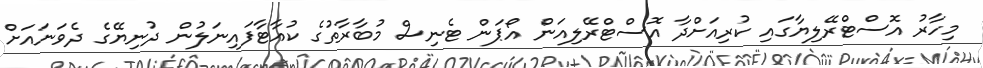
މިހާރު އޮސްޓްރޭލިޔާގައި ކުރިއަށްދާ އޮސްޓްރޭލިއަން އޯޕަން ޓެނިސް މުބާރާތުގެ ކުއާޓާފައިނަލުން ދުނިޔޭގެ ދެވަނައަށް